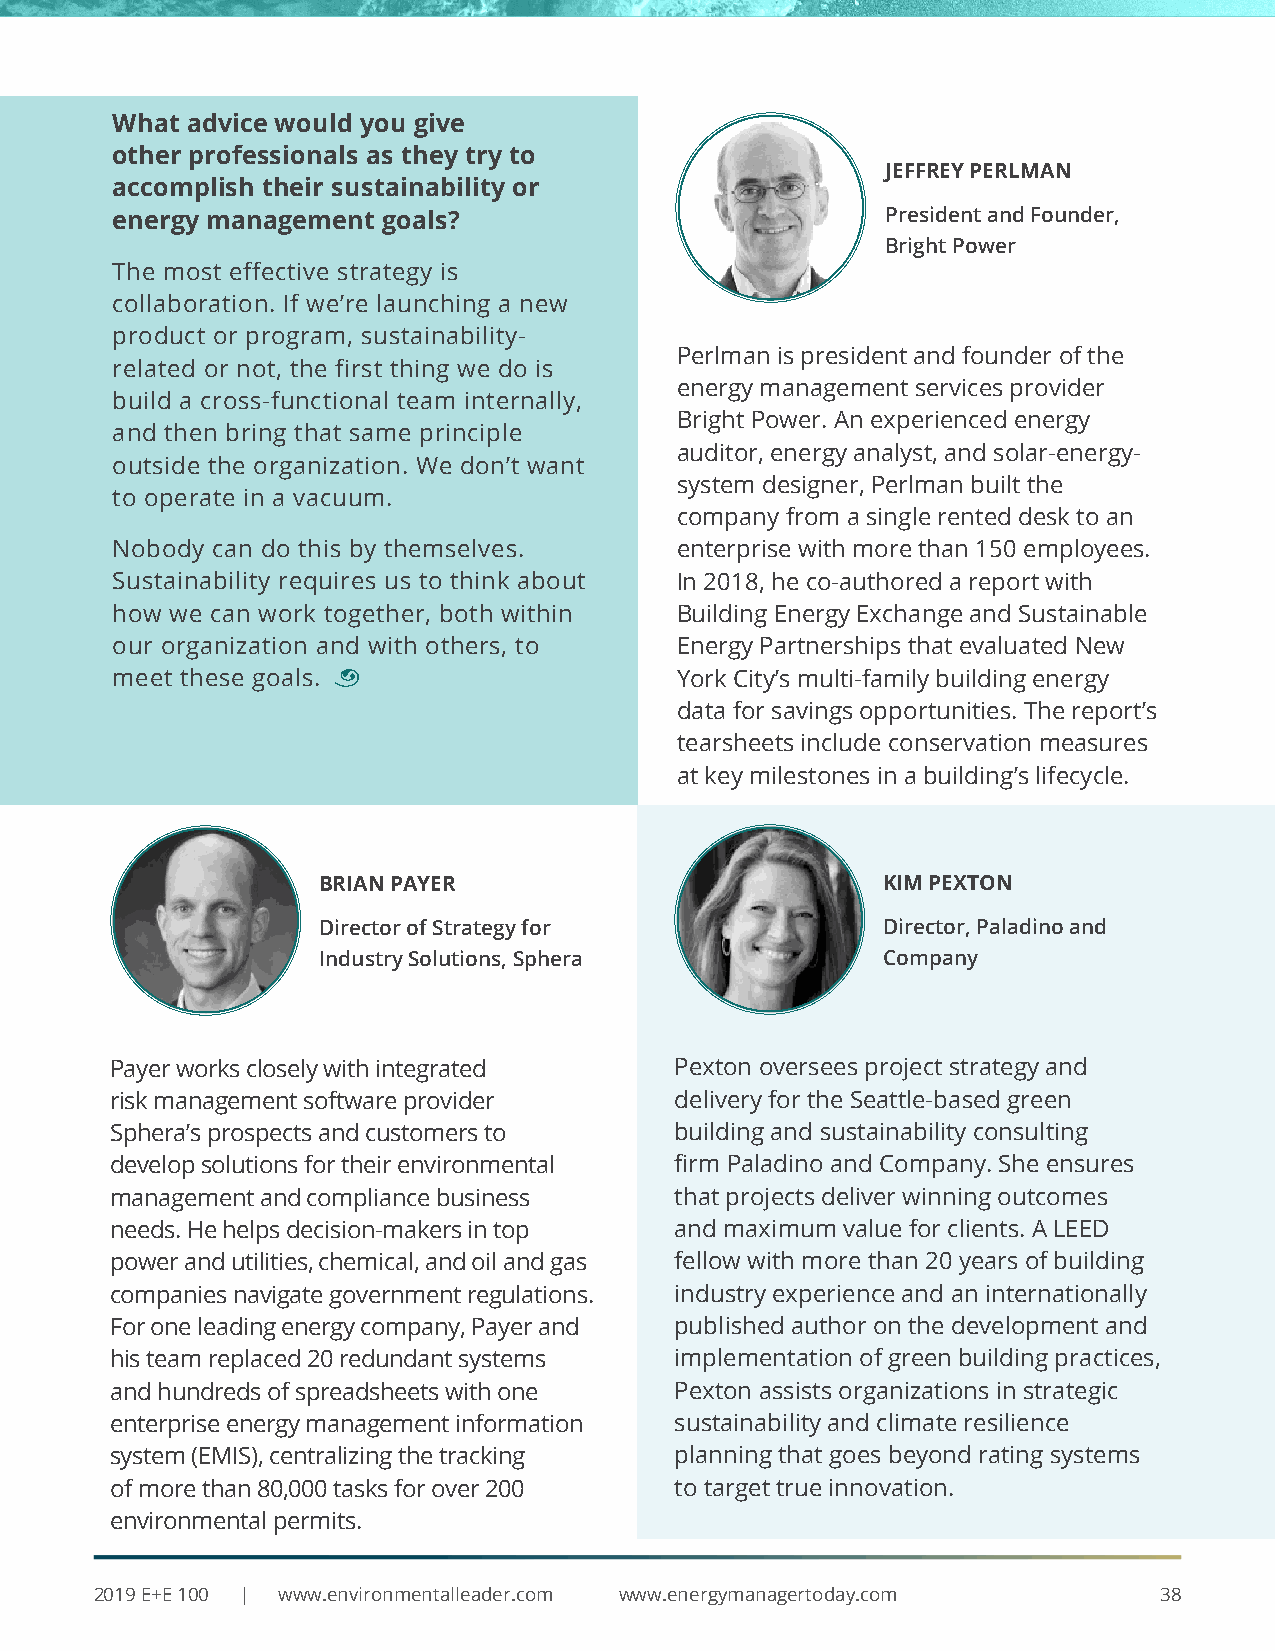
What advice would you give
 other professionals as they try to
 JEFFREY PERLMAN
 accomplish their sustainability or
 energy management goals?                            President and Founder,
 Bright Power
 The most effective strategy is
 collaboration. If we’re launching a new
 product or program, sustainability-
 Perlman is president and founder of the
 related or not, the first thing we do is
 energy management services provider
 build a cross-functional team internally,
 Bright Power. An experienced energy
 and then bring that same principle
 auditor, energy analyst, and solar-energy-
 outside the organization. We don’t want
 system designer, Perlman built the
 to operate in a vacuum.
 company from a single rented desk to an
 Nobody can do this by themselves.     enterprise with more than 150 employees.
 Sustainability requires us to think about In 2018, he co-authored a report with
 how we can work together, both within Building Energy Exchange and Sustainable
 our organization and with others, to  Energy Partnerships that evaluated New
 meet these goals. ¨                   York City’s multi-family building energy
 data for savings opportunities. The report’s
 tearsheets include conservation measures
 at key milestones in a building’s lifecycle.
 BRIAN PAYER                          KIM PEXTON
 Director of Strategy for             Director, Paladino and
 Industry Solutions, Sphera           Company
 Payer works closely with integrated   Pexton oversees project strategy and
 risk management software provider     delivery for the Seattle-based green
 Sphera’s prospects and customers to   building and sustainability consulting
 develop solutions for their environmental firm Paladino and Company. She ensures
 management and compliance business    that projects deliver winning outcomes
 needs. He helps decision-makers in top and maximum value for clients. A LEED
 power and utilities, chemical, and oil and gas fellow with more than 20 years of building
 companies navigate government regulations. industry experience and an internationally
 For one leading energy company, Payer and published author on the development and
 his team replaced 20 redundant systems implementation of green building practices,
 and hundreds of spreadsheets with one Pexton assists organizations in strategic
 enterprise energy management information sustainability and climate resilience
 system (EMIS), centralizing the tracking planning that goes beyond rating systems
 of more than 80,000 tasks for over 200 to target true innovation.
 environmental permits.
 2019 E+E 100 | www.environmentalleader.com www.energymanagertoday.com  38